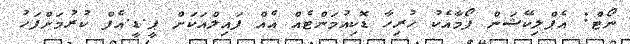
ނޯޓް: އެޕްލިކޭޝަން ފޯމާއެކު ހުރިހާ ޑޮކިއުމަންޓެއް އެއް ފައިލްއަކަށް ޕީ.ޑީ.އެފް ކުރުމަށްފަހު